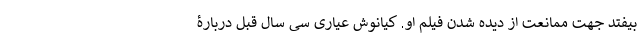
بیفتد جهت ممانعت از دیده شدن فیلم او. کیانوش عیاری سی سال قبل دربارۀ